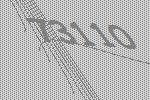
73110